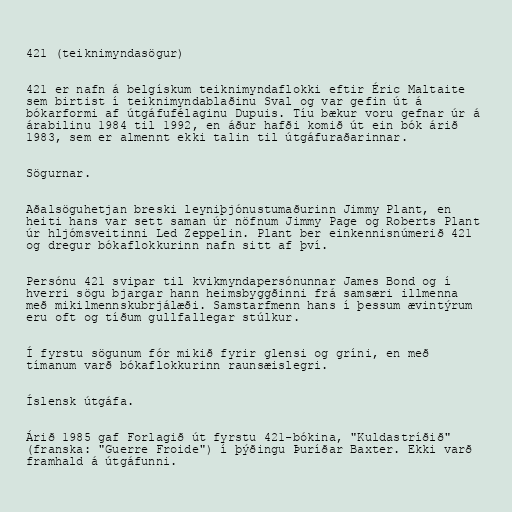
421 (teiknimyndasögur)

421 er nafn á belgískum teiknimyndaflokki eftir Éric Maltaite
sem birtist í teiknimyndablaðinu Sval og var gefin út á
bókarformi af útgáfufélaginu Dupuis. Tíu bækur voru gefnar úr á
árabilinu 1984 til 1992, en áður hafði komið út ein bók árið
1983, sem er almennt ekki talin til útgáfuraðarinnar.

Sögurnar.

Aðalsöguhetjan breski leyniþjónustumaðurinn Jimmy Plant, en
heiti hans var sett saman úr nöfnum Jimmy Page og Roberts Plant
úr hljómsveitinni Led Zeppelin. Plant ber einkennisnúmerið 421
og dregur bókaflokkurinn nafn sitt af því.

Persónu 421 svipar til kvikmyndapersónunnar James Bond og í
hverri sögu bjargar hann heimsbyggðinni frá samsæri illmenna
með mikilmennskubrjálæði. Samstarfmenn hans í þessum ævintýrum
eru oft og tíðum gullfallegar stúlkur.

Í fyrstu sögunum fór mikið fyrir glensi og gríni, en með
tímanum varð bókaflokkurinn raunsæislegri.

Íslensk útgáfa.

Árið 1985 gaf Forlagið út fyrstu 421-bókina, "Kuldastríðið"
(franska: "Guerre Froide") í þýðingu Þuríðar Baxter. Ekki varð
framhald á útgáfunni.